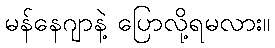
မန်နေဂျာနဲ့ ပြောလို့ရမလား။